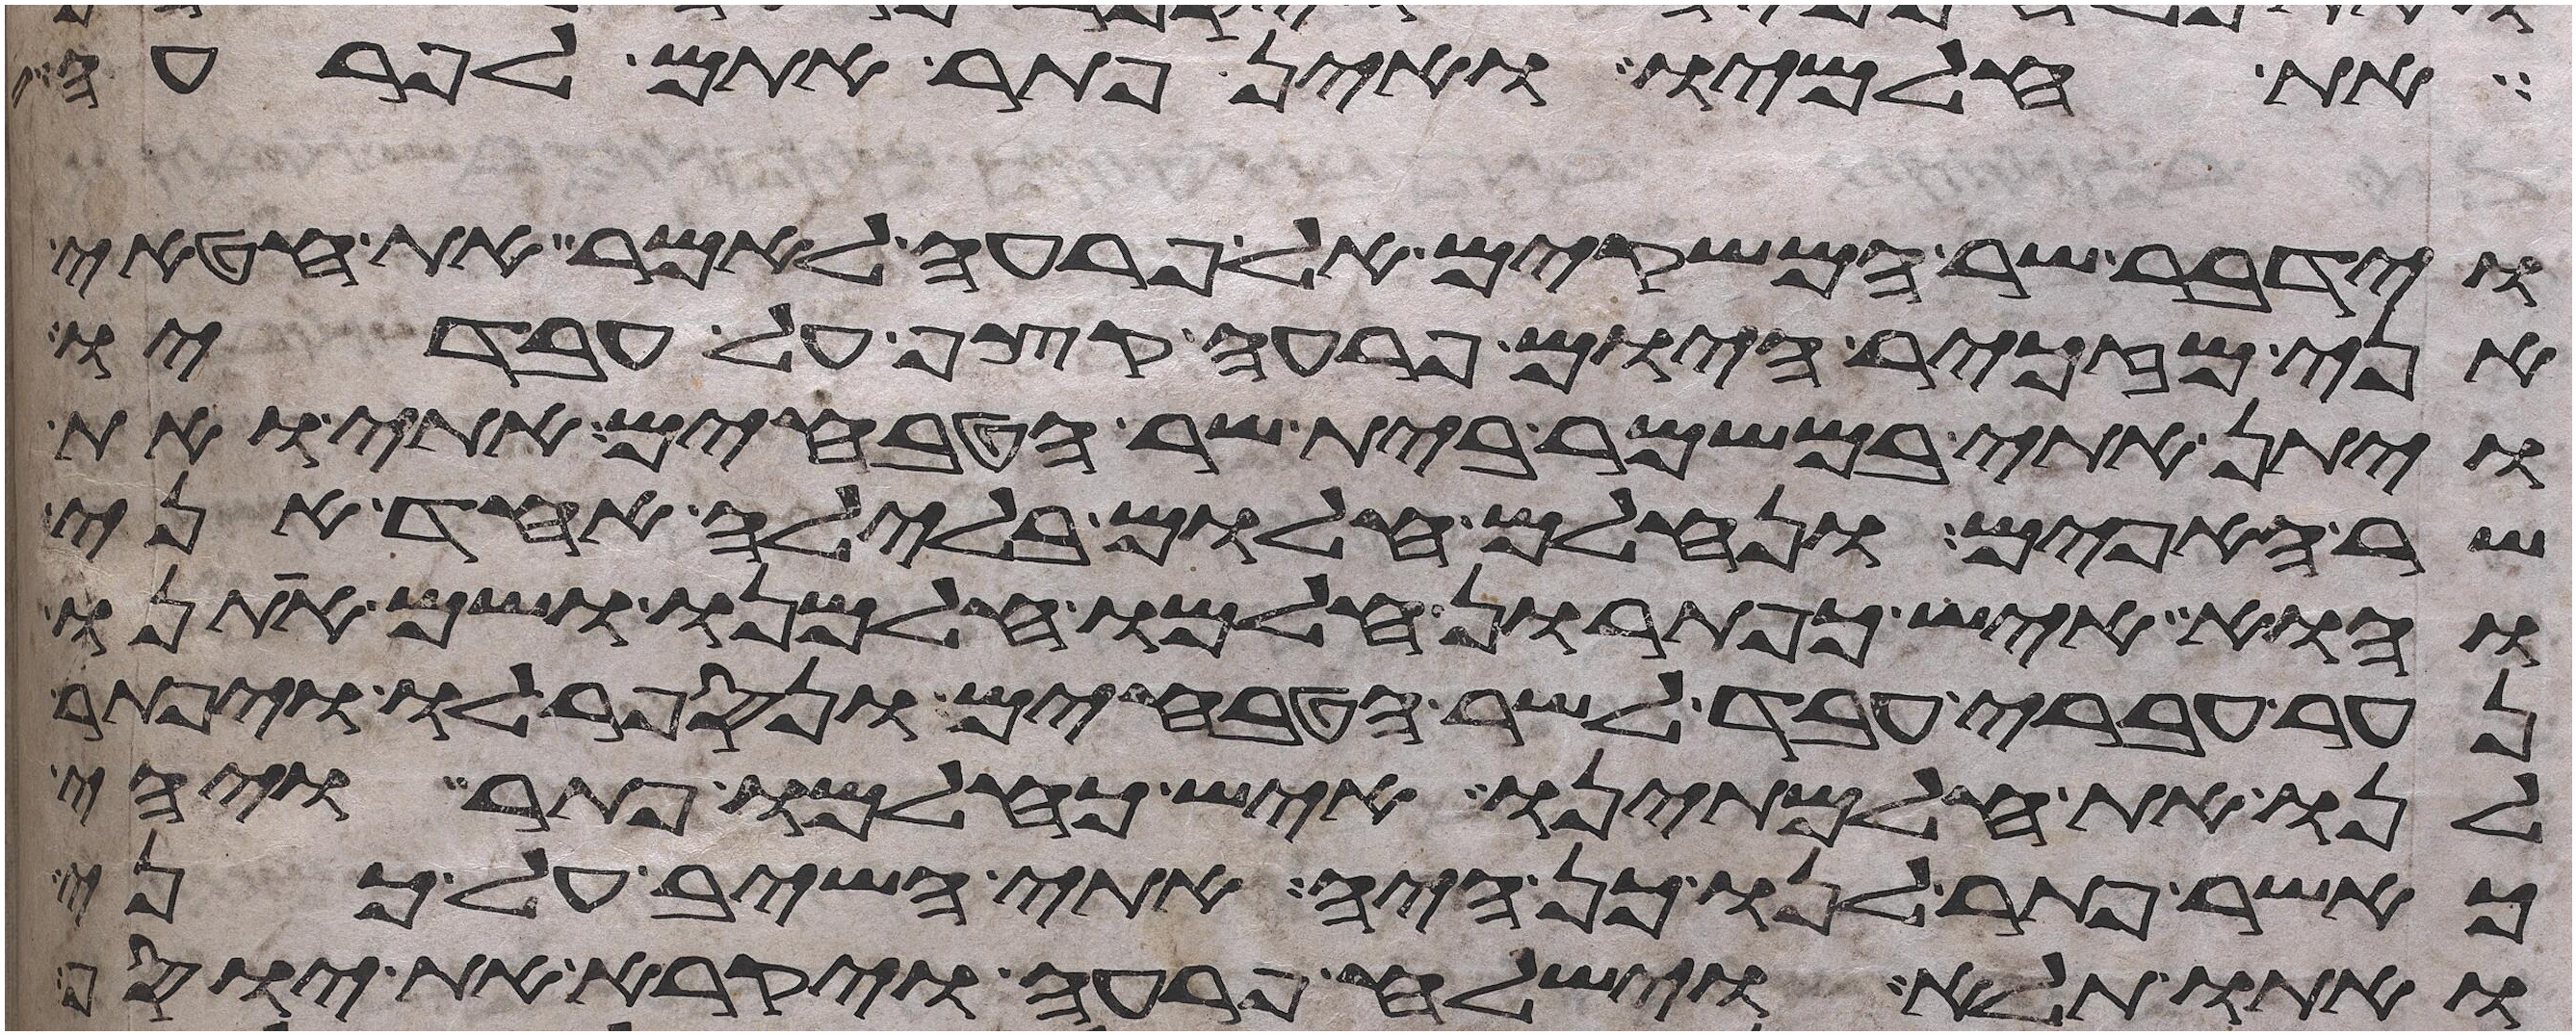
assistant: את חלמיו ואין פתר אתם לפרעה
וידבר שר המשקים אל פרעה לאמר את חטאי
אני מזכיר היום פרעה קצף על עבדיו
ויתן אתי במשמר בית שר הטבחים אתי ואת
שר האפים ונחלם חלום בלילה אחד אני
והוא איש כפתרון חלמו חלמנו ושם אתנו
נער עברי עבד לשר הטבחים ונספר לו ויפתר
לנו את חלמתינו איש כחלמו פתר ויהי
כאשר פתר לנו כן היה אתי השיב על כני
ואתו תלא וישלח פרעה ויקרא את יוסף